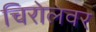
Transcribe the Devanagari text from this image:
चिरोलवर